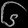
Digit: ၆